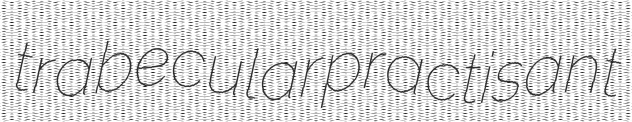
trabecular practisant